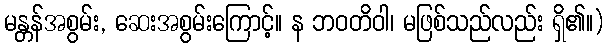
မန္တန်အစွမ်း, ဆေးအစွမ်းကြောင့်။ န ဘဝတိဝါ၊ မဖြစ်သည်လည်း ရှိ၏။)